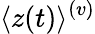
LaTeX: \langle z(t)\rangle^{(v)}